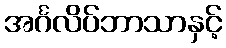
အင်္ဂလိပ်ဘာသာနှင့်